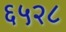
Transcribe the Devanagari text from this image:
६५२८